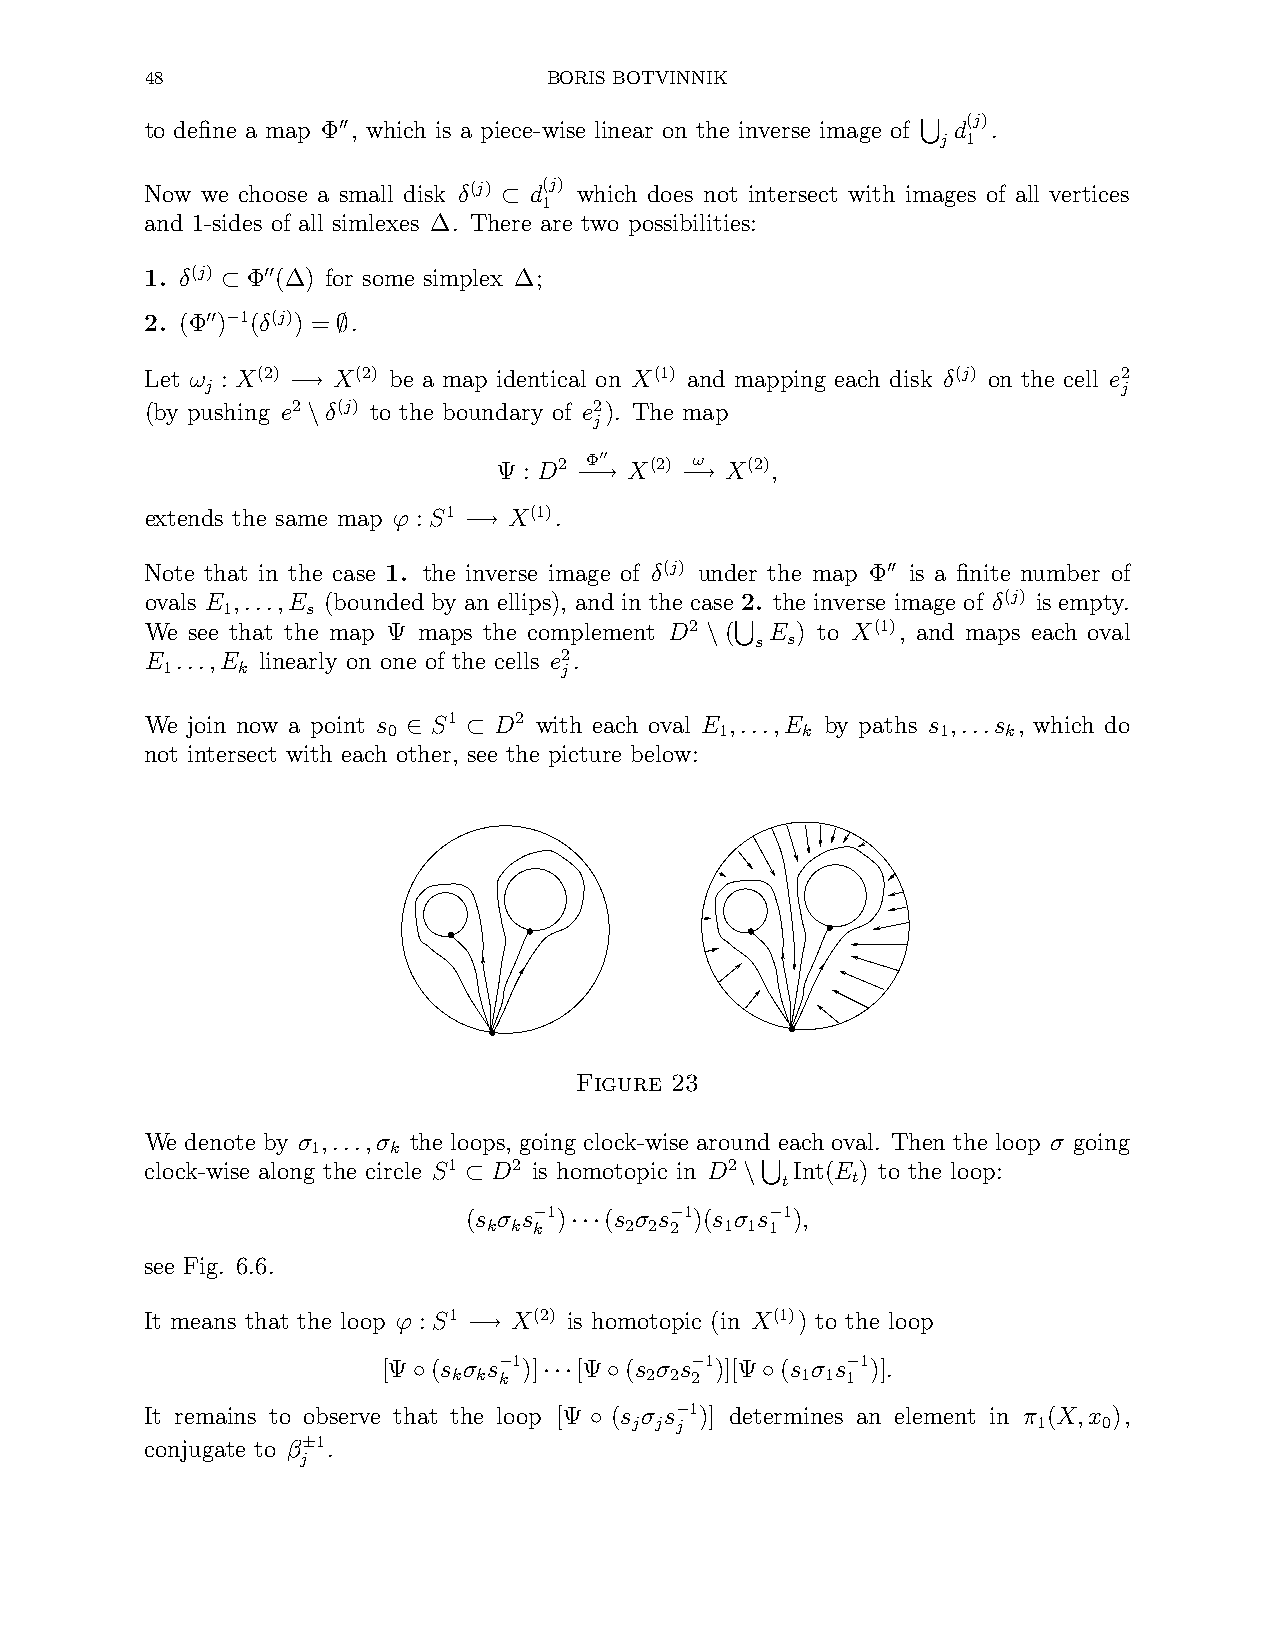
48                        BORIS BOTVINNIK
 (j)
 to define a map Φ , which is a piece-wise linear on the inverse image of d .
 ′′                                      j 1
 S
 Now we choose a small disk δ(j) d(j) which does not intersect with images of all vertices
 ⊂  1
 and 1-sides of all simlexes ∆. There are two possibilities:
 1. δ(j) Φ (∆) for some simplex ∆;
 ′′
 ⊂
 2. (Φ ) 1(δ(j)) = .
 ′′ −
 ∅
 Let ω : X(2) X(2) be a map identical on X(1) and mapping each disk δ(j) on the cell e2
 j    −→                                                     j
 (by pushing e2 δ(j) to the boundary of e2). The map
 \                  j
 Ψ : D2 Φ′′ X(2) ω X(2),
 −−→    −→
 extends the same map ϕ : S1 X(1).
 −→
 Note that in the case 1. the inverse image of δ(j) under the map Φ is a finite number of
 ′′
 ovals E ,...,E (bounded by an ellips), and in the case 2. the inverse image of δ(j) is empty.
 1    s
 We see that the map Ψ maps the complement D2 ( E ) to X(1), and maps each oval
 \  s s
 E ...,E linearly on one of the cells e2.
 1    k                    j
 S
 We join now a point s S1 D2 with each oval E ,...,E by paths s ,...s , which do
 0                     1    k        1    k
 ∈   ⊂
 not intersect with each other, see the picture below:
 Figure 23
 We denote by σ ,...,σ the loops, going clock-wise around each oval. Then the loop σ going
 1    k
 clock-wise along the circle S1 D2 is homotopic in D2 Int(E ) to the loop:
 ⊂                 \  t   t
 (s σ s 1) (s σ s 1)(s σ sS1),
 k k −k
 ···
 2 2 −2 1 1 −1
 see Fig. 6.6.
 It means that the loop ϕ : S1 X(2) is homotopic (in X(1)) to the loop
 −→
 [Ψ  (s σ s 1)] [Ψ (s σ s 1)][Ψ (s σ s 1)].
 ◦
 k k −k
 ··· ◦
 2 2 −2
 ◦
 1 1 −1
 It remains to observe that the loop [Ψ (s σ s 1)] determines an element in π (X,x ),
 ◦
 j j −j                     1   0
 conjugate to β 1.
 j±